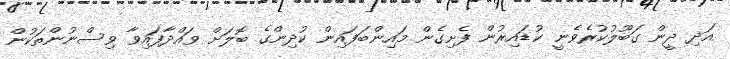
އަދި ދީން ގަބޫލުކުރެވެނީ ކުޑައިރުން ފެށިގެން މައިންބަފައިން ކުދިންގެ ބޮލަށް ވައްދާފައިވާ ވިސްނުންތަކުން